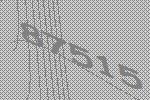
87515